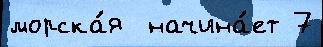
морска́я  начина́ет 7